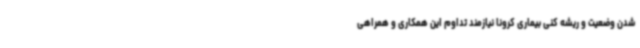
شدن وضعیت و ریشه کنی بیماری کرونا نیازمند تداوم این همکاری و همراهی